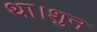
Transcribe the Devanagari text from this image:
था।शुन